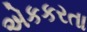
એકકરતા